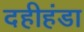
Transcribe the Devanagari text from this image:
दहीहंडा